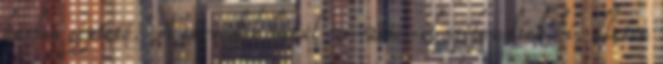
karbon géptető. A sárvédők hátul 2-2cm-el szélesedtek ki, illetve